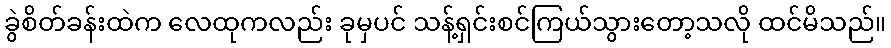
ခွဲစိတ်ခန်းထဲက လေထုကလည်း ခုမှပင် သန့်ရှင်းစင်ကြယ်သွားတော့သလို ထင်မိသည်။